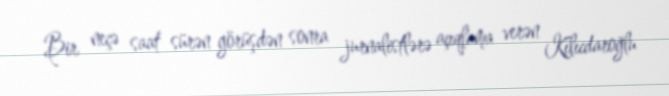
Bir neçə saat sürən görüşdən sonra jurnalistlərə açıqlama verən Kılıcdaroğlu